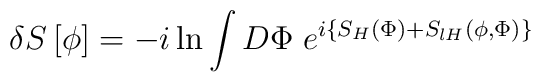
\delta S\left[ \phi \right] =-i\ln \int D\Phi \;e^{i\left\{ S_H\left( \Phi\right) +S_{lH}\left( \phi ,\Phi \right) \right\} }